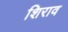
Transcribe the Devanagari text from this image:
शिराव